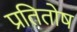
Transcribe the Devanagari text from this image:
प्रतितोष